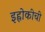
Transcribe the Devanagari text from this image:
इह्लोकीची